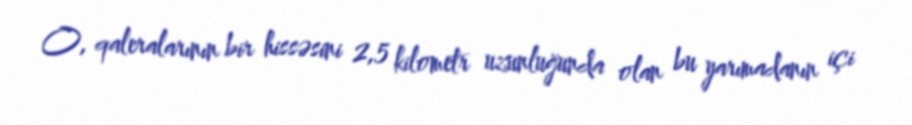
O, qaleralarının bir hissəsini 2,5 kilometr uzunluğunda olan bu yarımadanın içi